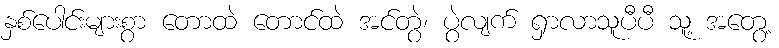
နှစ်ပေါင်းများစွာ တောထဲ တောင်ထဲ အင်တွဲ၊ ပွဲလျက် ရှာလာသူပီပီ သူ့ အတွေ့